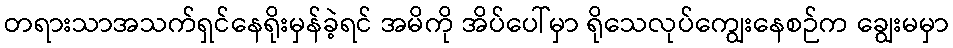
တရားသာအသက်ရှင်နေရိုးမှန်ခဲ့ရင် အမိကို အိပ်ပေါ်မှာ ရိုသေလုပ်ကျွေးနေစဉ်က ချွေးမမှာ